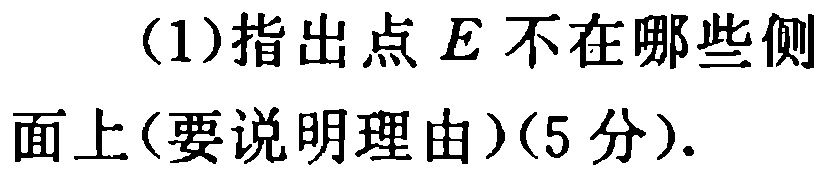
(1)指出点 \(E\) 不在哪些侧

面上(要说明理由)(5 分).